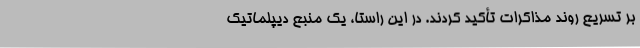
بر تسریع روند مذاکرات تأکید کردند. در این راستا، یک منبع دیپلماتیک